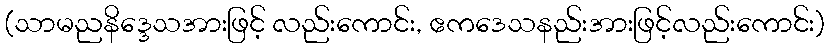
(သာမညနိဒ္ဒေသအားဖြင့် လည်းကောင်း, ဧကဒေသနည်းအားဖြင့်လည်းကောင်း)